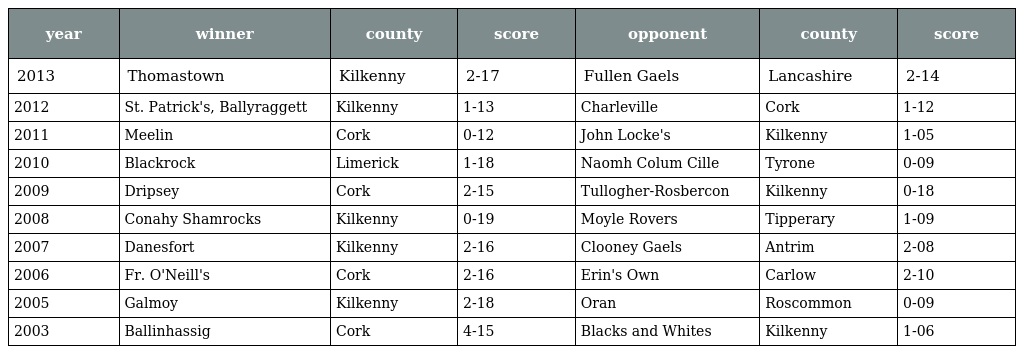
| year | winner | county | score | opponent | county | score |
 | --- | --- | --- | --- | --- | --- | --- |
 | 2013 | Thomastown | Kilkenny | 2-17 | Fullen Gaels | Lancashire | 2-14 |
 | 2012 | St. Patrick's, Ballyraggett | Kilkenny | 1-13 | Charleville | Cork | 1-12 |
 | 2011 | Meelin | Cork | 0-12 | John Locke's | Kilkenny | 1-05 |
 | 2010 | Blackrock | Limerick | 1-18 | Naomh Colum Cille | Tyrone | 0-09 |
 | 2009 | Dripsey | Cork | 2-15 | Tullogher-Rosbercon | Kilkenny | 0-18 |
 | 2008 | Conahy Shamrocks | Kilkenny | 0-19 | Moyle Rovers | Tipperary | 1-09 |
 | 2007 | Danesfort | Kilkenny | 2-16 | Clooney Gaels | Antrim | 2-08 |
 | 2006 | Fr. O'Neill's | Cork | 2-16 | Erin's Own | Carlow | 2-10 |
 | 2005 | Galmoy | Kilkenny | 2-18 | Oran | Roscommon | 0-09 |
 | 2003 | Ballinhassig | Cork | 4-15 | Blacks and Whites | Kilkenny | 1-06 |